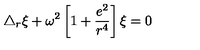
\triangle _ { r } \xi + \omega ^ { 2 } \left[ 1 + \frac { e ^ { 2 } } { r ^ { 4 } } \right] \xi = 0